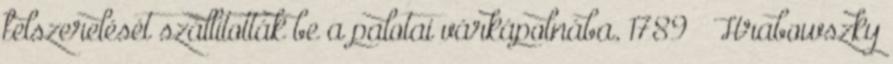
felszerelését szállították be a palotai várkápolnába. 1789 – Hrabowszky